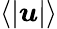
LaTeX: \langle|{\boldsymbol u}|\rangle